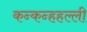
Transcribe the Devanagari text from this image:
कन्कन्हहल्ली